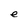
Character: e